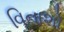
વિનાશો